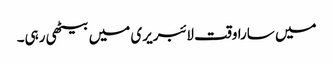
میں سارا وقت لائبریری میں بیٹھی رہی۔